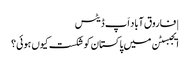
| فاروق آباد اَپ ڈیٹس
ایجبسٹن میں پاکستان کو شکست کیوں ہوئی؟